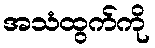
အသံထွက်ကို